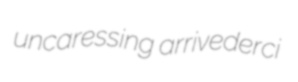
uncaressing arrivederci